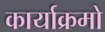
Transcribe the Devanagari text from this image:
कार्याक्रमो